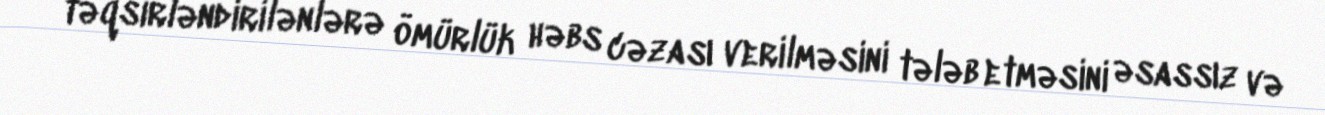
təqsirləndirilənlərə ömürlük həbs cəzası verilməsini tələb etməsini əsassız və